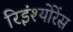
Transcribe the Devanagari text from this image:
रिइंश्योरेंस